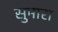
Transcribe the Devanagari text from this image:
सुमारा